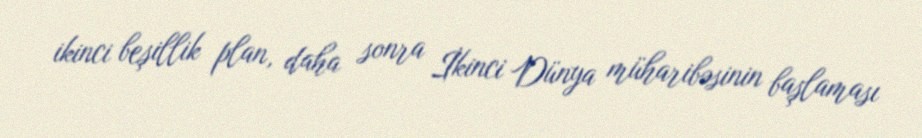
ikinci beşillik plan, daha sonra İkinci Dünya müharibəsinin başlaması